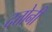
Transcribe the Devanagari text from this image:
दत्तोनी